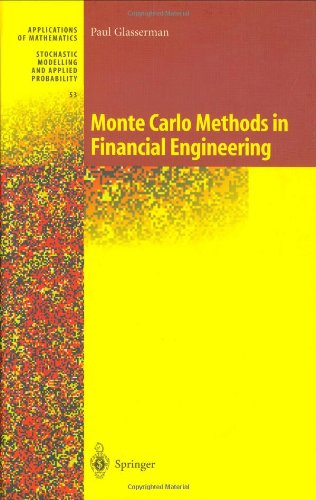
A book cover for Monte Carlo Methods in Financial Engineering (Stochastic Modelling and Applied Probability) (v. 53); Paul Glasserman; Business & Money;